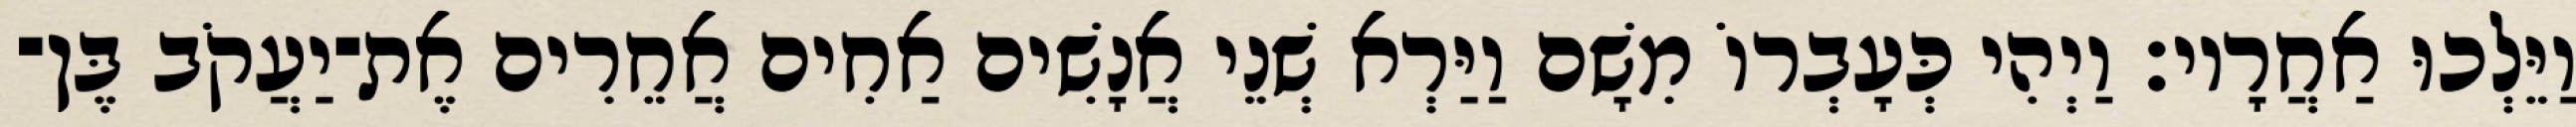
וַיֵּלְכוּ אַחֲרָיו׃ וַיְהִי כְּעָבְרוֹ מִשָׁם וַיַּרְא שְׁנֵי אֲנָשִׁים אַחִים אֲחֵרִים אֶת־יַעֲקֹב בֶּן־